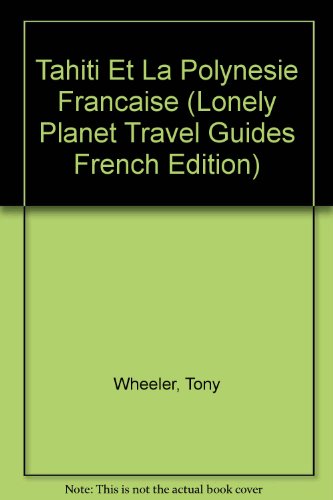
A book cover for Lonely Planet Tahiti (French Language Edition); Tony Wheeler; Travel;